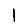
Digit: 1